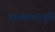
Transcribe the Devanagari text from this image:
कमवल्यामुळे